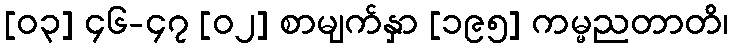
[၀၃] ၄၆-၄၇ [၀၂] စာမျက်နှာ [၁၉၅] ကမ္မညတာတိ၊